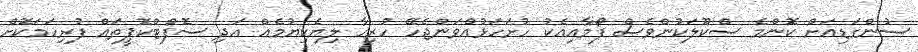
ސުންގަޑިއަށް ކޮންމެ ސްކޫލަކުންވެސް ފޯމާއިއެކު ހުށަހަޅުއްވަންޖެހޭ ހުރިހާ ލިޔެކިޔުމެއް އަދި ސޮފްޓްކޮޕީތައް ފުރިހަމަކޮށް